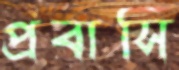
প্রবাসি